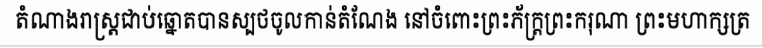
តំណាងរាស្ត្រជាប់ឆ្នោតបានស្បថចូលកាន់តំណែង នៅចំពោះព្រះភ័ក្ត្រព្រះករុណា ព្រះមហាក្សត្រ